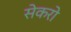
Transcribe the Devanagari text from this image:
सेकरो